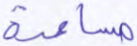
مساعدة